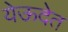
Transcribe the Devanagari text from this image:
येऊदेत